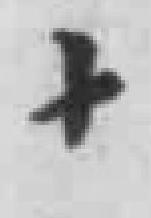
十